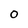
Character: 0